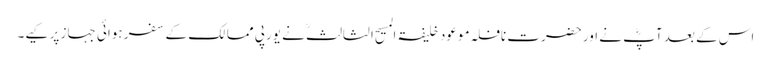
اس کے بعد آپؓ نے اور حضرت نافلہ موعود خلیفۃ المسیح الثالثؒ نے یورپی ممالک کے سفر ہوائی جہاز پر کیے۔